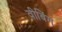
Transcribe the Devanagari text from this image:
वीबिंग